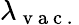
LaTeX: \lambda_{\mathrm{~v~a~c~.~}}